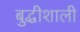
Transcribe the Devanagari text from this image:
बुद्धीशाली